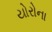
યોરોના